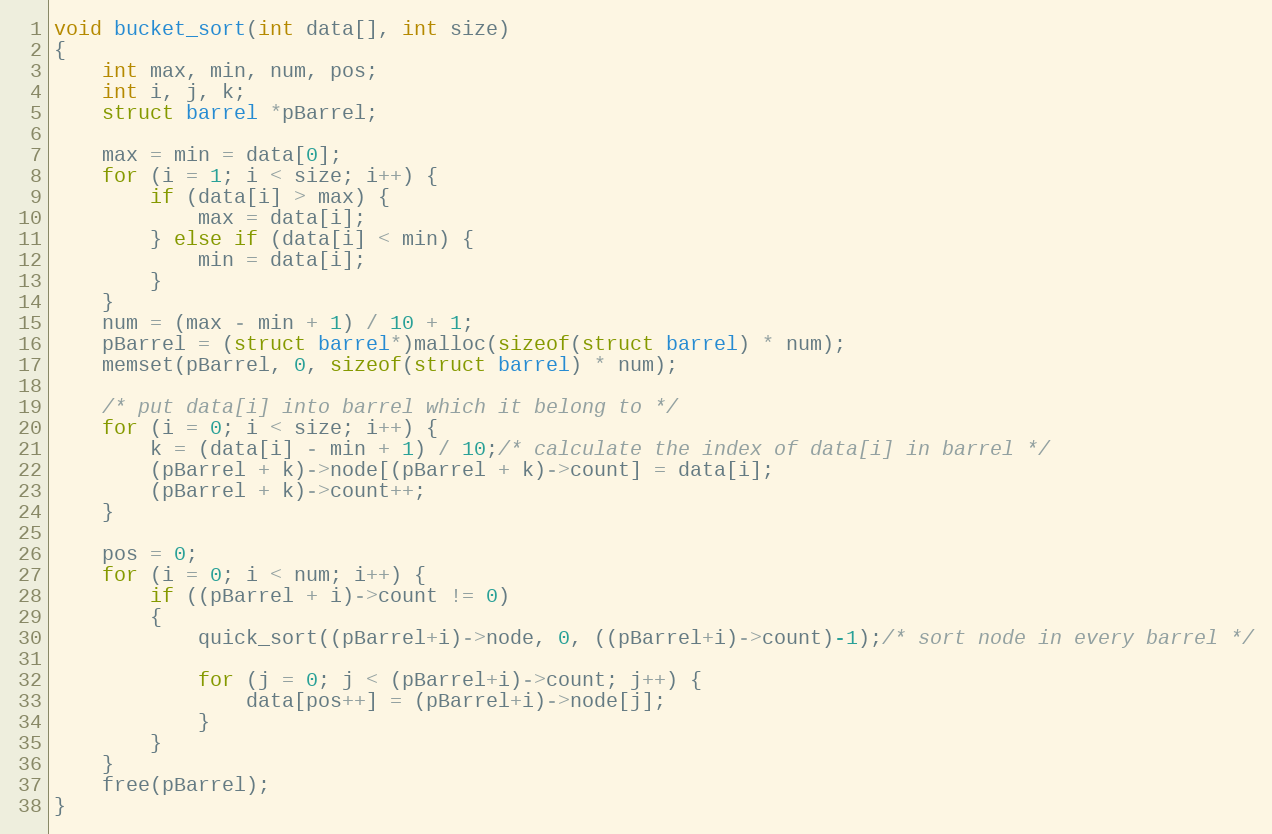
Language: C
void bucket_sort(int data[], int size)
{
    int max, min, num, pos;
    int i, j, k;
    struct barrel *pBarrel;

    max = min = data[0];
    for (i = 1; i < size; i++) {
        if (data[i] > max) {
            max = data[i];
        } else if (data[i] < min) {
            min = data[i];
        }
    }
    num = (max - min + 1) / 10 + 1;
    pBarrel = (struct barrel*)malloc(sizeof(struct barrel) * num);
    memset(pBarrel, 0, sizeof(struct barrel) * num);

    /* put data[i] into barrel which it belong to */
    for (i = 0; i < size; i++) {
        k = (data[i] - min + 1) / 10;/* calculate the index of data[i] in barrel */
        (pBarrel + k)->node[(pBarrel + k)->count] = data[i];
        (pBarrel + k)->count++;
    }

    pos = 0;
    for (i = 0; i < num; i++) {
		if ((pBarrel + i)->count != 0)
		{
            quick_sort((pBarrel+i)->node, 0, ((pBarrel+i)->count)-1);/* sort node in every barrel */

            for (j = 0; j < (pBarrel+i)->count; j++) {
                data[pos++] = (pBarrel+i)->node[j];
            }
		}
    }
    free(pBarrel);
}